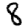
Digit: 8